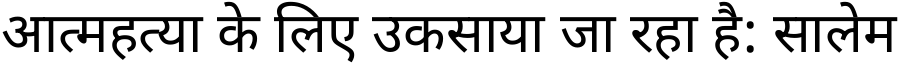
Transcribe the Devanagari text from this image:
आत्महत्या के लिए उकसाया जा रहा है: सालेम